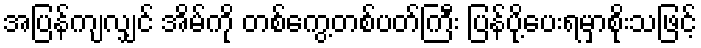
အပြန်ကျလျှင် အိမ်ကို တစ်ကွေ့တစ်ပတ်ကြီး ပြန်ပို့ပေးရမှာစိုးသဖြင့်